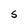
Character: S